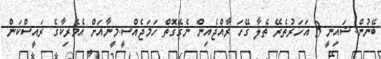
ބޭނުން.ޝައިނީ 3 އަހަރުތެރޭ ތެލާ ގޭހަ ރާއްޖެއިން ނެގޭގޮތް ހަމަޖެއްސީ.މީނާއަށް އެމެރިކާގެ ރައީސްކަން